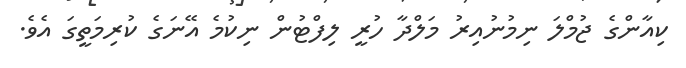
ކިއާންގެ ޖުމްލަ ނިމުނުއިރު މަލްދާ ހުރީ ލިފްޓުން ނިކުމެ އޭނަގެ ކުރިމަތީގަ އެވެ.